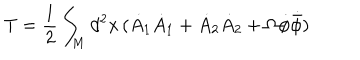
T = \frac { 1 } { 2 } \int _ { M } d ^ { 2 } x \, ( \dot { A } _ { 1 } \dot { A } _ { 1 } + \dot { A } _ { 2 } \dot { A } _ { 2 } + \Omega \dot { \phi } \dot { { \bar { \phi } } } )